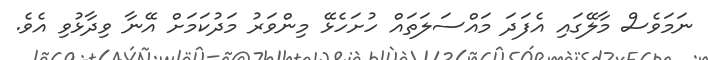
ނަމަވެސް މާލޭގައި އެފަދަ މައްސަލަތައް ހުށަހެޅޭ މިންވަރު މަދުކަމަށް އޭނާ ވިދާޅުވި އެވެ.